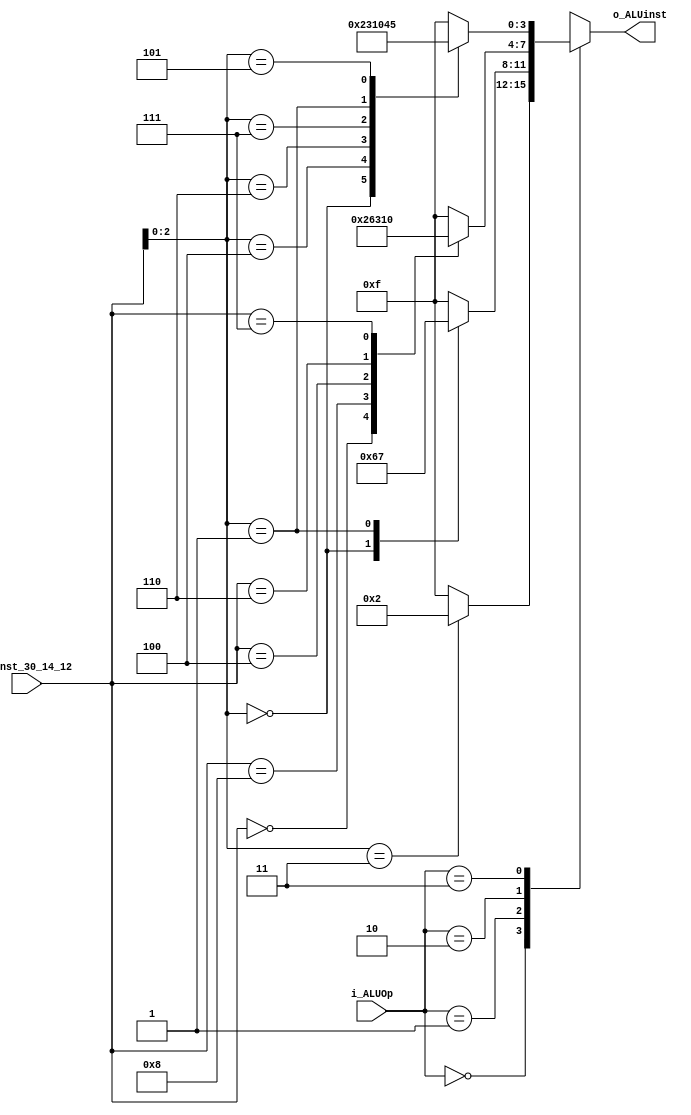
module ALUcontrol #(
	parameter ADDR_W = 64,
	parameter INST_W = 32,
	parameter DATA_W = 64
)(
    input  [3:0] i_inst_30_14_12,
    input  [1:0] i_ALUOp,
    output [3:0] o_ALUinst
);

    reg [3:0] o_ALUinst_w;

    assign o_ALUinst = o_ALUinst_w;

    always @(*) begin
        case (i_ALUOp)
            2'b00: begin // ld, sd
                o_ALUinst_w = (i_inst_30_14_12[2:0] == 3'b011) ? 4'b0010 : 4'b1111; // ALU: add
            end

            2'b01: begin // beq, bne
                case (i_inst_30_14_12[2:0]) // inst[14:12]
                    3'b000: begin // beq
                        o_ALUinst_w = 4'b0110; // ALU: sub also Zero=1 if sub=0
                    end
                    3'b001: begin // bne
                        o_ALUinst_w = 4'b0111; // ALU: sub also Zero=0 if sub~=0
                    end
                    default: begin
                        o_ALUinst_w = 4'b1111; // Error: should not occur
                    end
                endcase
            end
            
            2'b10: begin // R-type
                case (i_inst_30_14_12) // {inst[30], inst[14:12]}
                    4'b0000: begin // add
                        o_ALUinst_w = 4'b0010; // ALU: add
                    end 
                    4'b1000: begin // sub
                        o_ALUinst_w = 4'b0110; // ALU: sub
                    end 
                    4'b0100: begin // xor
                        o_ALUinst_w = 4'b0011; // ALU: xor
                    end 
                    4'b0110: begin // or
                        o_ALUinst_w = 4'b0001; // ALU: or
                    end 
                    4'b0111: begin // and
                        o_ALUinst_w = 4'b0000; // ALU: and
                    end 
                    default: begin
                        o_ALUinst_w = 4'b1111; // Error: should not occur
                    end
                endcase
            end

            2'b11: begin // I-type
                case (i_inst_30_14_12[2:0]) // inst[14:12]
                    3'b000: begin // add
                        o_ALUinst_w = 4'b0010; // ALU: add
                    end 
                    3'b100: begin // xor
                        o_ALUinst_w = 4'b0011; // ALU: xor
                    end 
                    3'b110: begin // or
                        o_ALUinst_w = 4'b0001; // ALU: or
                    end 
                    3'b111: begin // and
                        o_ALUinst_w = 4'b0000; // ALU: and
                    end
                    3'b001: begin // slli
                        o_ALUinst_w = 4'b0100; // ALU: slli
                    end 
                    3'b101: begin // srli
                        o_ALUinst_w = 4'b0101; // ALU: srli
                    end 
                    default: begin
                        o_ALUinst_w = 4'b1111; // Error: should not occur
                    end
                endcase
            end
            default: begin
                o_ALUinst_w = 4'b1111; // Error: should not occur
            end
        endcase
    end

endmodule